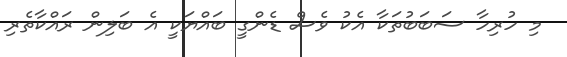
މި ހުރިހާ ސަބަބުތަކާ އެކު ވެސް ޑެންގީ ބައްޔަކީ އެ ބަލިން ރައްކާތެރި